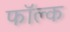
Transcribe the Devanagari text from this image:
फॉल्क